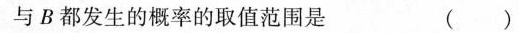
与B都发生的概率的取值范围是 ()